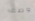
وصف